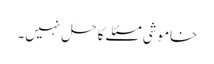
خاموشی مسئلے کا حل نہیں۔